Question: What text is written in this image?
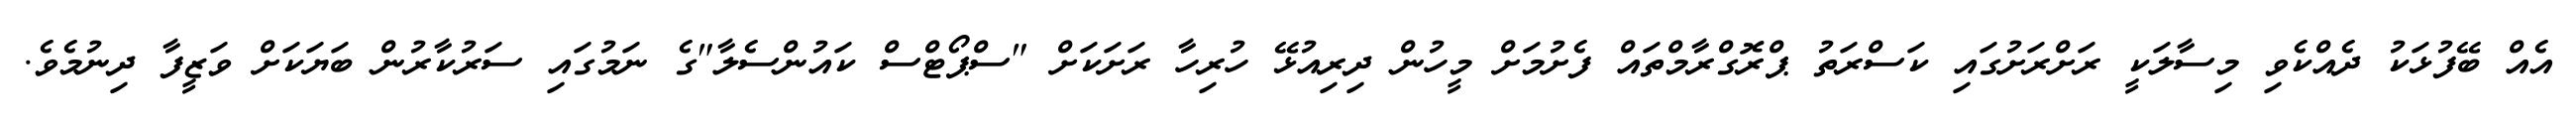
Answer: އެއް ބޭފުޅަކު ދެއްކެވި މިސާލަކީ ރަށްރަށުގައި ކަސްރަތު ޕްރޮގްރާމްތައް ފެށުމަށް މީހުން ދިރިއުޅޭ ހުރިހާ ރަށަކަށް "ސްޕޯޓްސް ކައުންސެލާ"ގެ ނަމުގައި ސަރުކާރުން ބަޔަކަށް ވަޒީފާ ދިނުމެވެ.